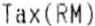
TAX(RM)